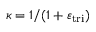
\kappa = 1 / ( 1 + \varepsilon _ { \mathrm { t r i } } )